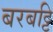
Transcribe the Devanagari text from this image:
बरबट्टि